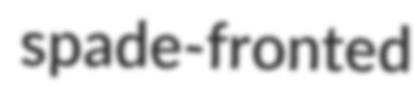
spade-fronted